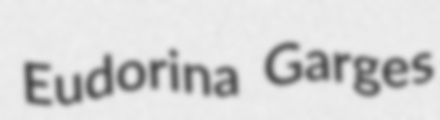
Eudorina Garges